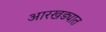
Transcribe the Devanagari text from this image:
आरखड्यात